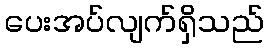
ပေးအပ်လျက်ရှိသည်